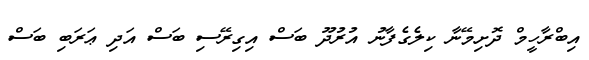
އިބްރާހީމް ދޮށިމޭނާ ކިލެގެފާނު އުރުދޫ ބަސް އިގިރޭސި ބަސް އަދި ޢަރަބި ބަސް